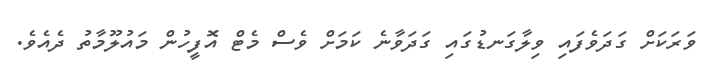
ވަރަކަށް ގަދަވެފައި ވިލާގަނޑުގައި ގަދަވާނެ ކަމަށް ވެސް މެޓް އޮފީހުން މައުލޫމާތު ދެއެވެ.